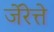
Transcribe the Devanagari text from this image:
जेंरेत्ते